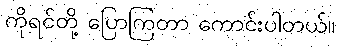
ကိုရင်တို့ ပြောကြတာ ကောင်းပါတယ်။